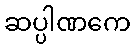
ဆပ္ပါဏကေ